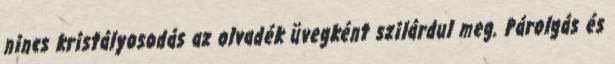
nincs kristályosodás az olvadék üvegként szilárdul meg. Párolgás és